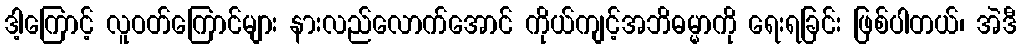
ဒါ့ကြောင့် လူဝတ်ကြောင်များ နားလည်လောက်အောင် ကိုယ်ကျင့်အဘိဓမ္မာကို ရေးရခြင်း ဖြစ်ပါတယ်၊ အဲဒီ